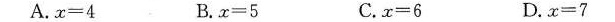
A.$$x = 4$$ B.$$x = 5$$ C.$$x = 6$$ D.$$x = 7$$